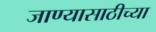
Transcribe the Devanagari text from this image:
जाण्यासाठीच्या